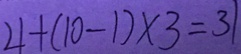
4 + ( 1 0 - 1 ) \times 3 = 3 1